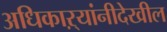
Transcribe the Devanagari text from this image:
अधिकाऱ्यांनीदेखील